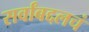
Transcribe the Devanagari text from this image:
सर्वांबद्दलचं